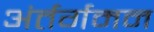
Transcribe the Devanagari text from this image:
अंर्तर्गमन